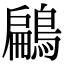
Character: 鶣